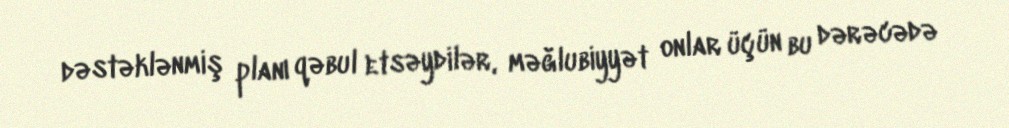
dəstəklənmiş planı qəbul etsəydilər, məğlubiyyət onlar üçün bu dərəcədə